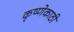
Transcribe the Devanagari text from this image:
कृष्णेकाठी